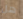
هل